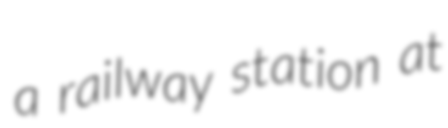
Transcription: a railway station at